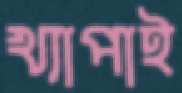
খ্যাপাই